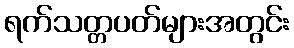
ရက်သတ္တပတ်များအတွင်း